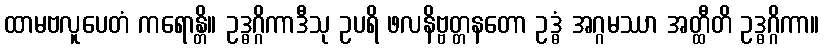
ထာမဗလူပေတံ ကရောန္တိ။ ဥဒ္ဓဂ္ဂိကာဒီသု ဥပရိ ဖလနိဗ္ဗတ္တနတော ဥဒ္ဓံ အဂ္ဂမဿာ အတ္ထီတိ ဥဒ္ဓဂ္ဂိကာ။